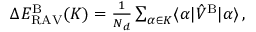
\begin{array} { r } { \Delta E _ { \mathrm { R A V } } ^ { \mathrm { B } } ( K ) = \frac { 1 } { N _ { d } } \sum _ { \alpha \in K } \langle \alpha | \hat { V } ^ { \mathrm { B } } | \alpha \rangle \, , } \end{array}